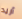
أريد